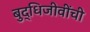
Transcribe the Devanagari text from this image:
बुद्धिजीवींची